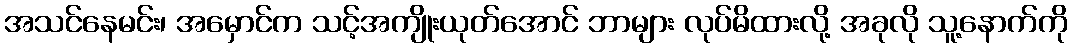
အသင်နေမင်း၊ အမှောင်က သင့်အကျိုးယုတ်အောင် ဘာများ လုပ်မိထားလို့ အခုလို သူ့နောက်ကို